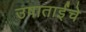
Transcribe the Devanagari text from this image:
उषाताईंचे